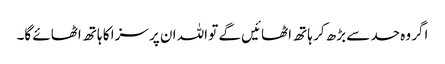
اگر وہ حد سے بڑھ کر ہاتھ اٹھائیں گے تو اللہ ان پر سزا کا ہاتھ اٹھائے گا۔